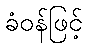
ခံဝန်ဖြင့်